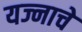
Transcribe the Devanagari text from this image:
यज्नाचे